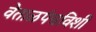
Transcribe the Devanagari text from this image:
वेताळपंचविशी